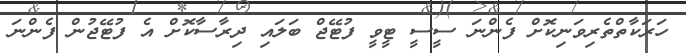
ހަރަކާތްތެރިވަނިކޮށް ފެންނަ ސީސީ ޓީވީ ފުޓޭޖް ބަލައި ދިރާސާކޮށް އެ ފުޓޭޖުން ފެންނަ